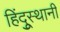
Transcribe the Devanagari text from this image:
हिंदूुस्थानी